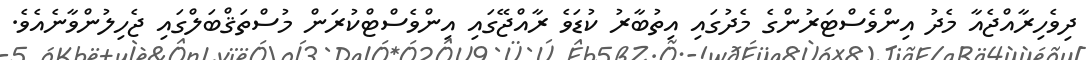
ދިވެހިރާއްޖެއާ މެދު އިންވެސްޓަރުންގެ މެދުގައި އިތުބާރު ކުޑަވެ ރާއްޖޭގައި އިންވެސްޓްކުރަން މުސްތަޤްބަލްގައި ޖެހިލުންވާނެއެވެ.